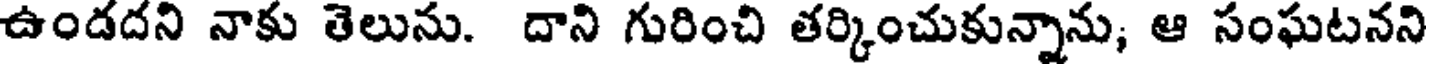
ఉండదని నాకు తెలును. దాని గురించి తర్కించుకున్నాను, ఆ సంఘటనని